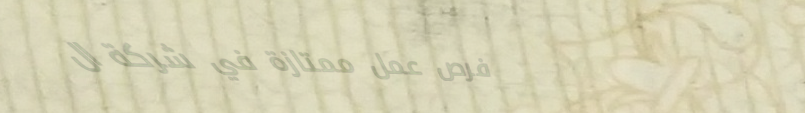
فرص عمل ممتازة في شركة ال